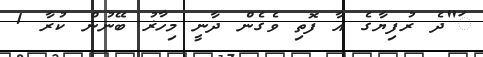
ަ"ދެ ރުފިޔާގެ އާ ފޮތި ވެގެން ދާނީ މިހާޜު ބޭނުން ކުރާ 1